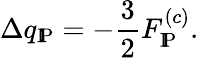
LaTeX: \Delta q_{\mathrm{I\! P}}=-\frac{3}{2}{F}_{\mathrm{I\! P}}^{(c)}.